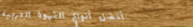
أفضل أنواع القهوة العربية